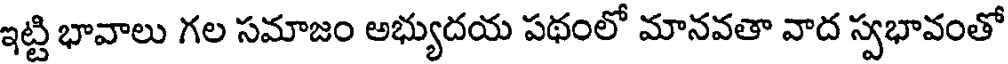
ఇట్టి భావాలు గల సమాజం అభ్యుదయ పథంలో మానవతా వాద స్వభావంతో